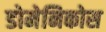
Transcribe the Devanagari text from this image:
डोमेनिकोस